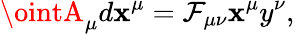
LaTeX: \ointA_{\mu}d\mathbf{x}^{\mu}=\mathcal{F}_{\mu\nu}\mathbf{x}^{\mu}y^{\nu},